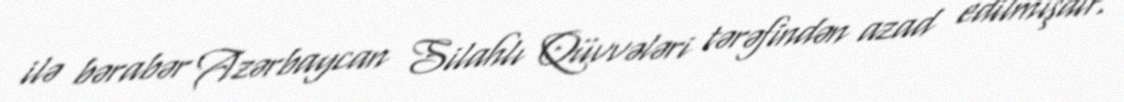
ilə bərabər Azərbaycan Silahlı Qüvvələri tərəfindən azad edilmişdir.